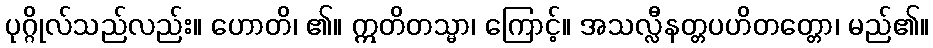
ပုဂ္ဂိုလ်သည်လည်း။ ဟောတိ၊ ၏။ ဣတိတသ္မာ၊ ကြောင့်။ အသလ္လီနတ္တပဟိတတ္တော၊ မည်၏။